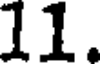
11.